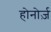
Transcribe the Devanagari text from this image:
होनोर्ज़